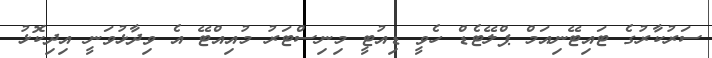
ސަރުކާރުގެ ޓައިޓޭނިއަމް ޕްލޭޓެޑް ހެވީ ޑިއުޓީ މިނިސްޓަރު މުއިއްޓޭ އެ ވިދާޅުވަނީ އިދިކޮޅު